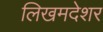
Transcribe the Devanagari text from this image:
लिखमदेशर